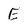
Character: E